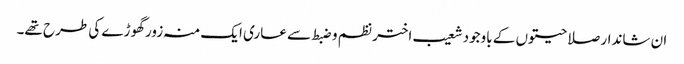
ان شاندار صلاحیتوں کے باوجود شعیب اختر نظم و ضبط سے عاری ایک منہ زور گھوڑے کی طرح تھے۔